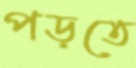
পড়তে